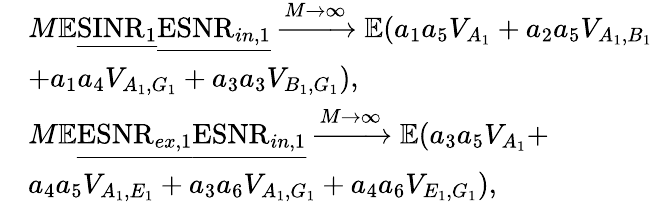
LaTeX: \begin{array}{rl}&{M\mathbb{E}\underline{{\mathrm{SINR}_{1}}}\underline{{\mathrm{ESNR}_{in,1}}}\xrightarrow[]{M\rightarrow\infty}\mathbb{E}(a_{1}a_{5}V_{A_{1}}+a_{2}a_{5}V_{A_{1},B_{1}}}\\ &{+a_{1}a_{4}V_{A_{1},G_{1}}+a_{3}a_{3}V_{B_{1},G_{1}}),}\\ &{M\mathbb{E}\underline{{\mathrm{ESNR}_{ex,1}}}\underline{{\mathrm{ESNR}_{in,1}}}\xrightarrow[]{M\rightarrow\infty}\mathbb{E}(a_{3}a_{5}V_{A_{1}}+}\\ &{a_{4}a_{5}V_{A_{1},E_{1}}+a_{3}a_{6}V_{A_{1},G_{1}}+a_{4}a_{6}V_{E_{1},G_{1}}),}\end{array}